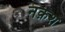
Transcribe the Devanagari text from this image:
नक़श